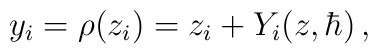
y_i=\rho (z_i)=z_i+Y_i(z,\hbar)\,,